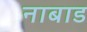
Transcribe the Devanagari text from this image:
नाबाड